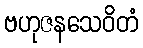
ဗဟုဇနသေဝိတံ